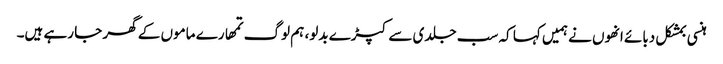
ہنسی بمشکل دبائے انھوں نے ہمیں کہا کہ سب جلدی سے کپڑے بدلو، ہم لوگ تمھارے ماموں کے گھر جا رہے ہیں۔